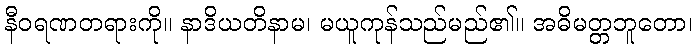
နီဝရဏတရားကို။ နာဒိယတိနာမ၊ မယူကုန်သည်မည်၏။ အဓိမတ္တဘူတော၊